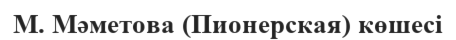
М. Мәметова (Пионерская) көшесі